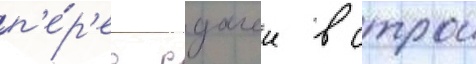
п'е́р'ед сдачеи в строи